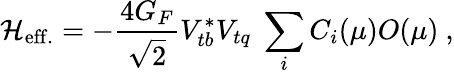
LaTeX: {\cal H}_{\mathrm{eff.}}=-\frac{4G_{F}}{\sqrt{2}}V_{tb}^{*}V_{tq}\; \sum_{i}C_{i}(\mu)O(\mu)~,